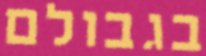
בגבולם